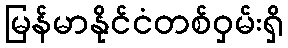
မြန်မာနိုင်ငံတစ်ဝှမ်းရှိ